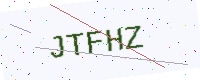
Text: JTFHZ